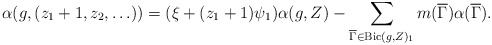
\begin{align*} \alpha(g,(z_1+1,z_2,\ldots))=(\xi+(z_1+1)\psi_1)\alpha(g,Z) - \sum_{\overline{\Gamma}\in {\rm Bic}({g},{Z})_1} m(\overline{\Gamma}) \alpha(\overline{\Gamma}). \end{align*}